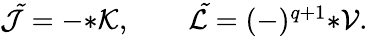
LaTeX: \begin{array}{r}{{\cal\tilde{J}}=-{*\cal K},\qquad{\cal\tilde{L}}=(-)^{q+1}{*{\cal V}}.}\end{array}